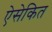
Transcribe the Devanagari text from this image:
ऐसेकित